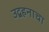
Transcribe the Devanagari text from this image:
उद्वहनाचा